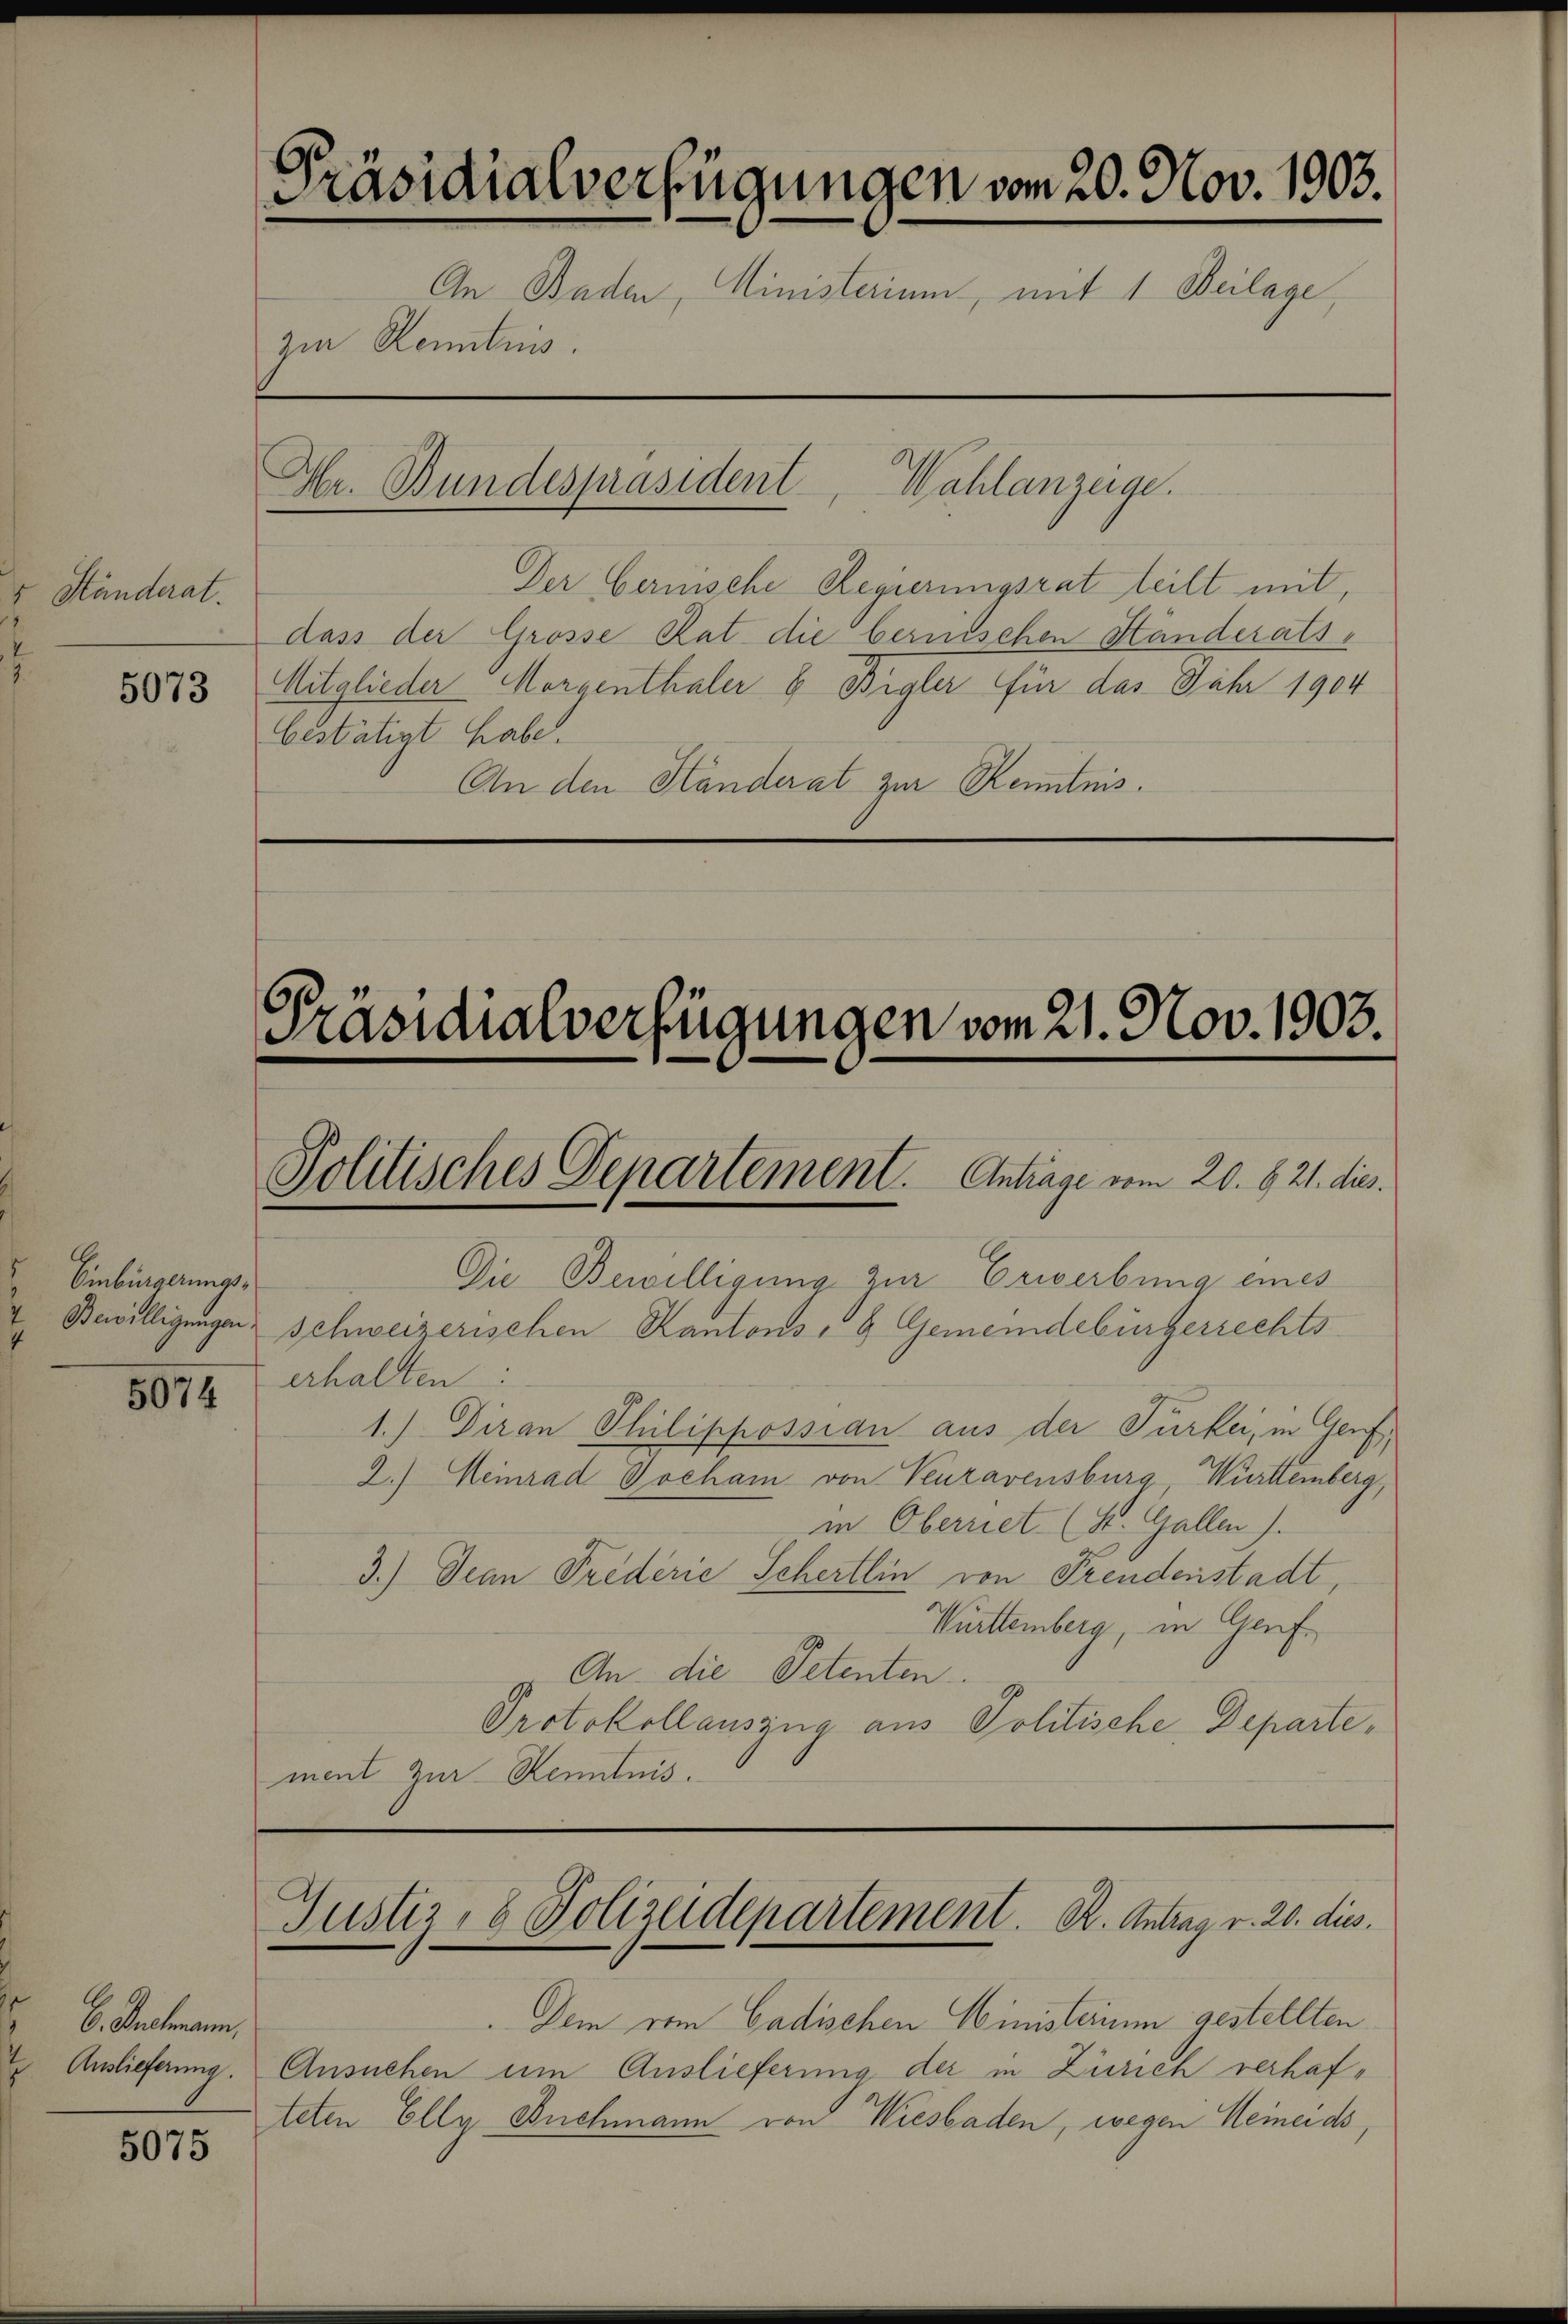
5 Ständerat.
.

5073

Einbürgerungs¬

b. Gutmann,
Auslieferung.

5075

Präsidialverfügungen vom 20. Nov. 1903.
An Baden, Ministerium, mit 1 Beilage,
zur Kenntnis.
Hr. Bundespräsident, Wahlanzeige.

Der bernische Regierungsrat teilt mit,
dass der Grosse Rat die berischen Ständerats¬
Mitglieder Morgenthaler & Bigler für das Jahr 1904
bestätigt habe.
An den Ständerat zur Kenntnis.

Die Bewilligung zur Erwerbung eines
Bewilligungen Schweizerischen Kantons- & Gemeindebürgerrechts
8074 erhalten
1.) Diran Philippossian aus der Türkei, in Genf,
2.) Heinrad Hocham von Venzavensburg, Württemberg,
in Oberriet (St. Gallen).
3.) Denn Frederie Schertlin von Freudenstadt,
Württemberg, in Genf¬
An die Petenten.
Protokollauszug aus Politische Departement zur Kenntnis.

Präsidialverfügungen vom 21. Nov. 1903.
Politisches Departement. Antrage vom 20. §. 21. dies

Justiz- & Polizeidepartement. K. Antrag v. 20. dies

Dem vom Cadischen Ministerium gestellten
Ansuchen um Auslieferung der in Zürich verhafteten Elly Buchmann von Wiesbaden, wegen Meinends,